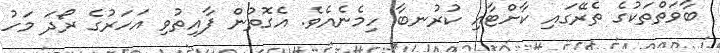
ބާވަތްތަކުގެ ތެރޭގައި ކާށްޓާއި ކުރުނބާ ހިމެނެއެވެ. އެގޮތުން ފާއިތުވި އަހަރުގެ ރޯދަ މަހު